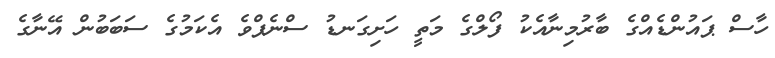
ހާސް ޕައުންޑެއްގެ ބާރުމިނާއެކު ފޯލްގެ މަތީ ހަށިގަނޑު ސްނެޕްވެ އެކަމުގެ ސަބަބުން އޭނާގެ